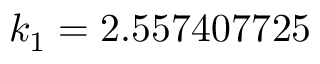
k _ { 1 } = 2 . 5 5 7 4 0 7 7 2 5